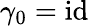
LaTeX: \gamma_{0}=\mathrm{id}